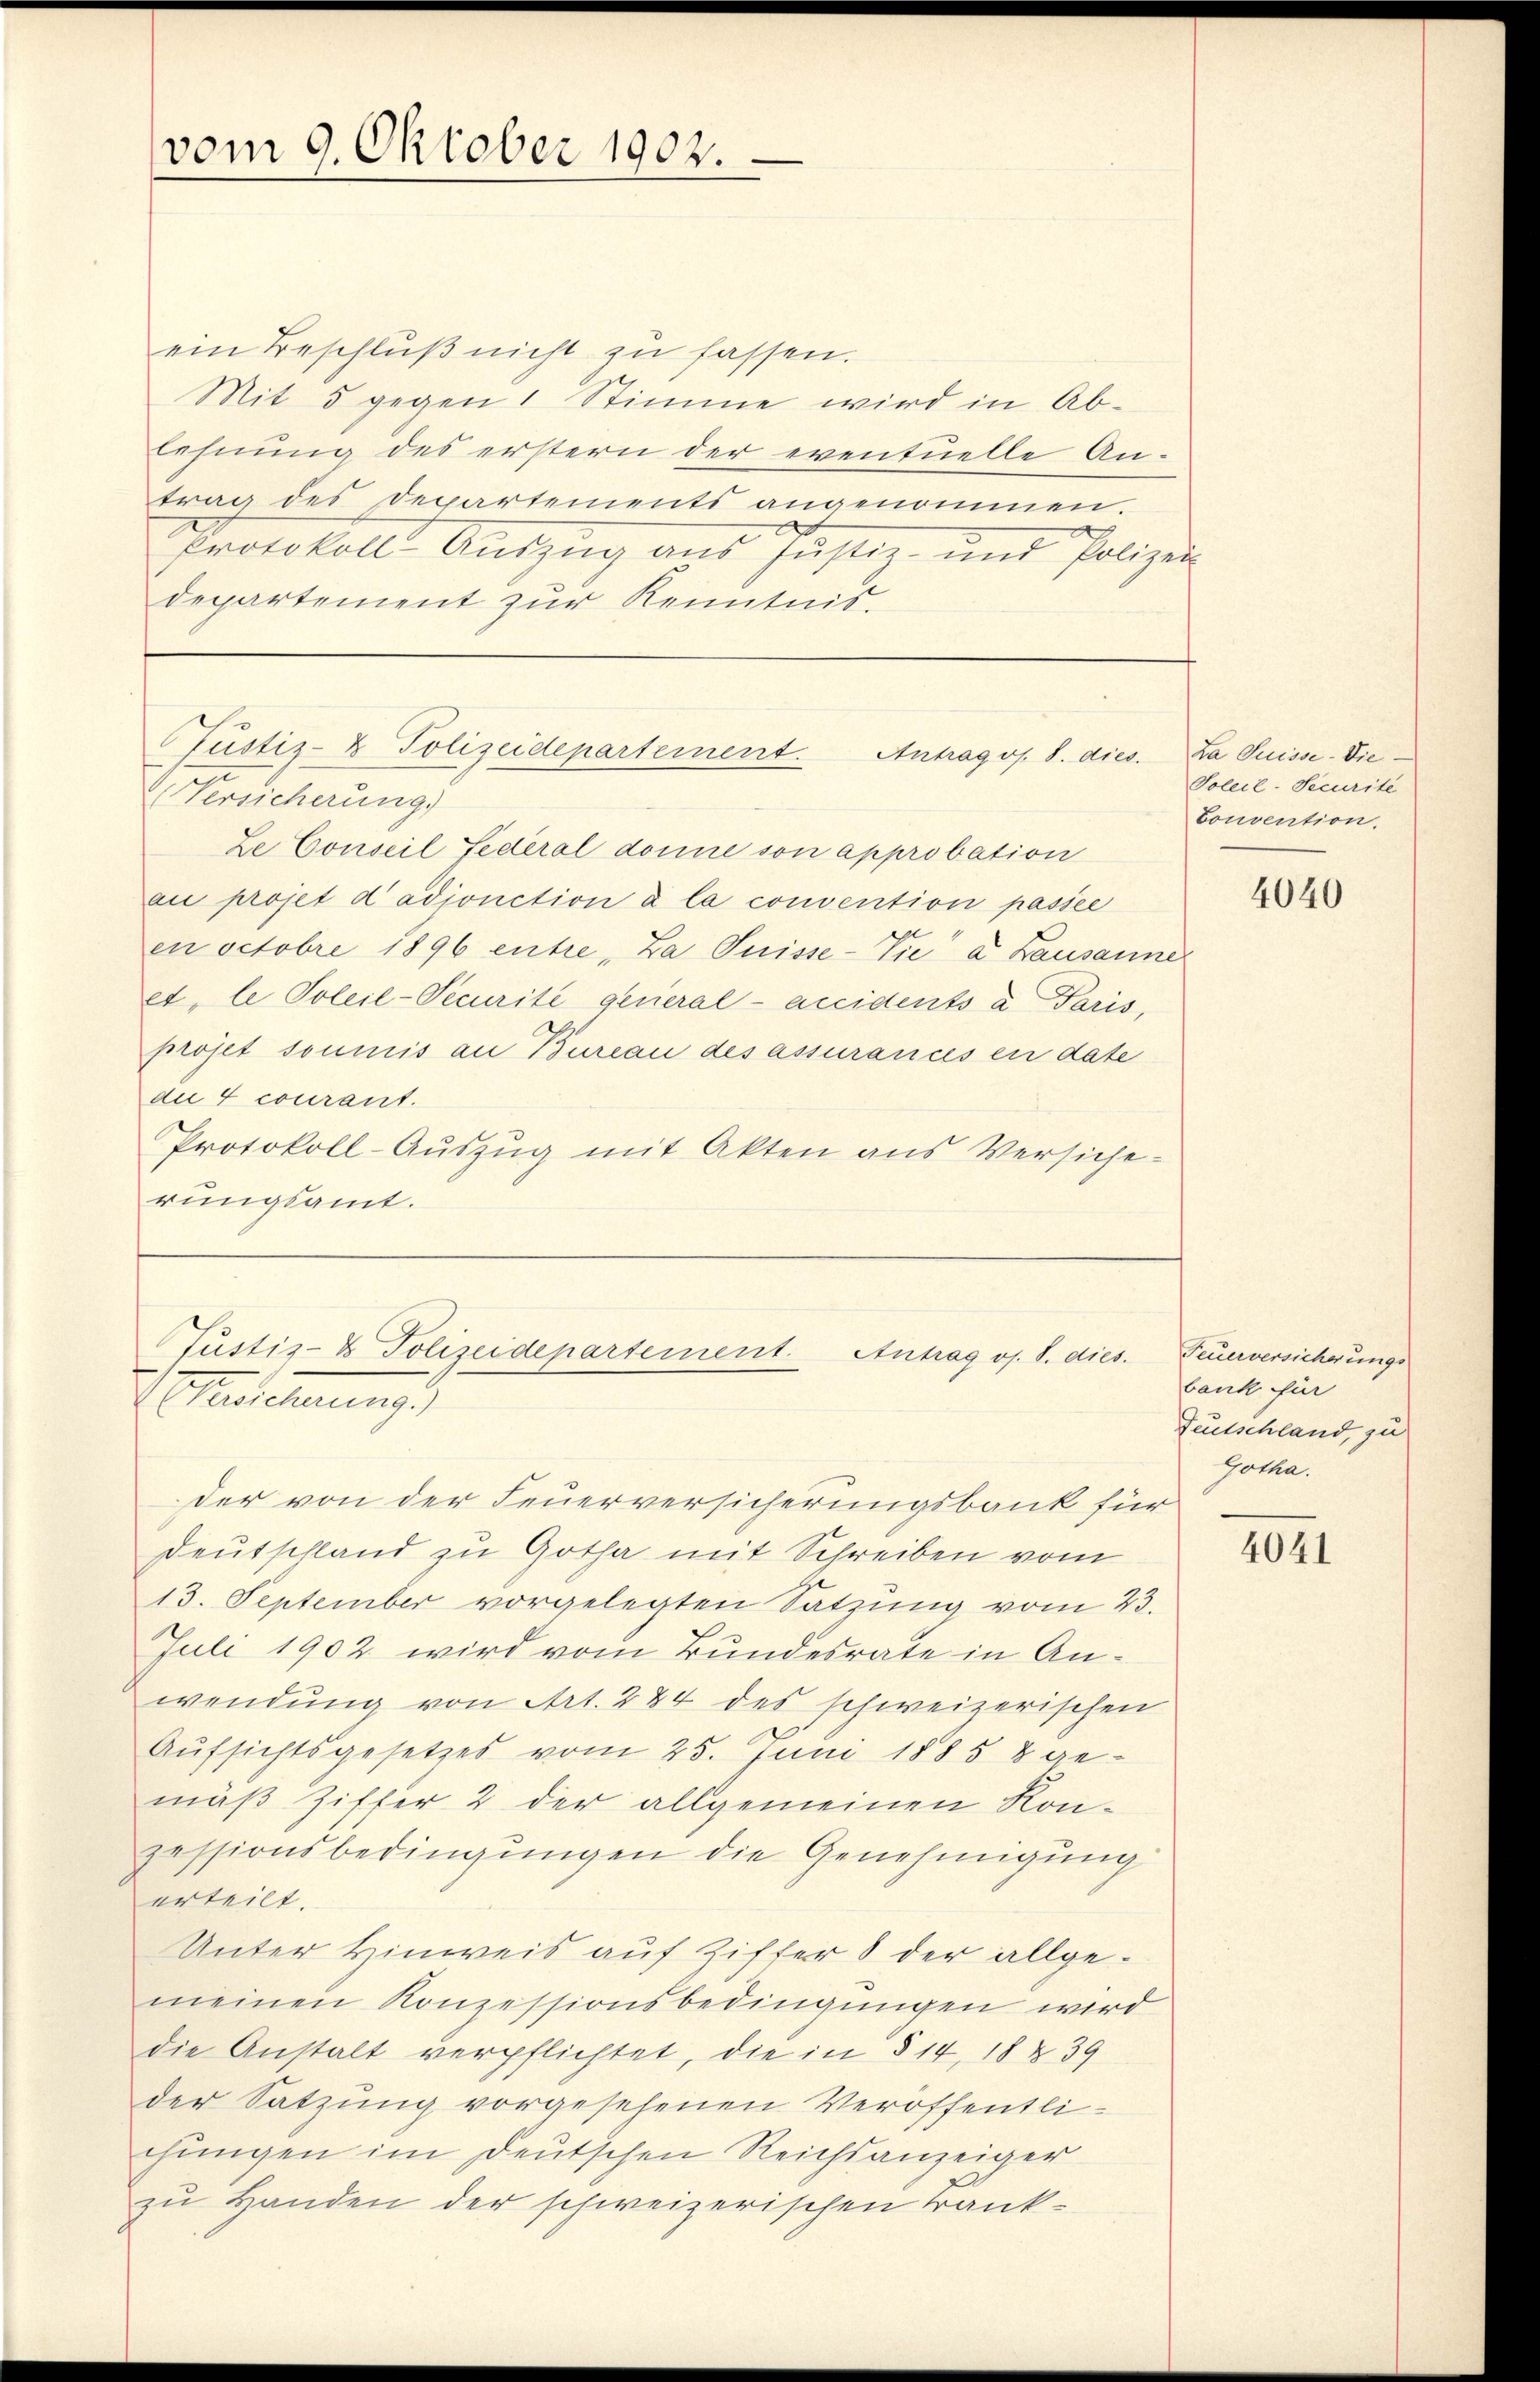
vom 9. Oktober 1902.

ein Beschlŭβ nicht zu fassen.
Mit 5 gegen 1 Stimme wird in Ablehnung des erstern der eventuelle Antrag des Departements angenommen.
Protokoll Auszug aus Justiz und Polizei
departement zur Kenntnis.

Justiz- & Polizeidepartement. Antragos. 8. dies
Versicherung)

Justiz- & Polizeidepartement. Antrag os. S. dies.
Reichnung

der von der Feuerversicherungsbank für
Deutschland zu Gotha mit Schreiben vom
13. September vorgelegten Satzung vom 23.
Juli 1902 wird vom Bundesrate in Anwendung von Art. 284 des schweizerischen
Aufsichtsgesetzes vom 25. Juni 1885 8 gemäß Ziffer 2 der allgemeinen Konzessionsbedingungen die Genehmigung
erteilt.
Unter Hinweis auf Ziffer 8 der allgemeinen Konzessionsbedingungen wird
die Anstalt verpflichtet, die in § 14, 18 § 39
der Satzung vorgesehenen Veröffentlichungen im Deutschen Reichsanzeiger
zu Handen der schweizerischen krank¬

Ze Conseil Federal donne son approbation
au projet dadjonction à la convention passée
en Octobre 1896 entre, Za Suisse-Vie" a Lausanne
et, le Soleil-Securite general-anidents a Paris,
projet soumis an Bureau des assurances en date
die 4 courant.
Protokoll-Auszug mit Akten aus Versicherungsamt.

La Suisse-Die¬
Soleil-Securite
Convention.

4040

Feuerversicherungs
bank für
Deutschland, zu
Gotha.

4041